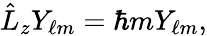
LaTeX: {\hat{L}}_{z}Y_{\ell m}=\hbar mY_{\ell m},